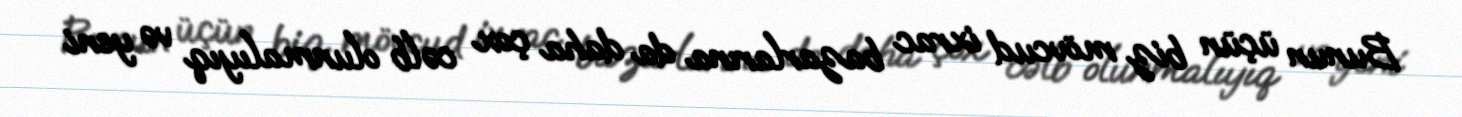
Bunun üçün biz mövcud ixrac bazarlarına da daha çox cəlb olunmalıyıq və yeni